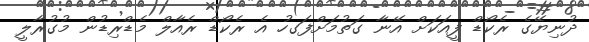
ދުނިޔޭގެ ރެކޯޑް ފީއަކަށް އޭނާ ގަތުމަށްފަގހު އެ ރެކޯޑް ރެއާލް މެޑްރިޑުން މުގުރާލީ